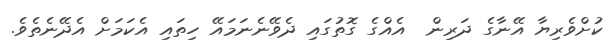
ކުށްވެރިޔާ އޭނާގެ ދަރިން  އެއްގެ ގޮތުގައި ދެވޭނެނަމައޭ ހިތައި އެކަމަށް އެދޭނެތެވެ.